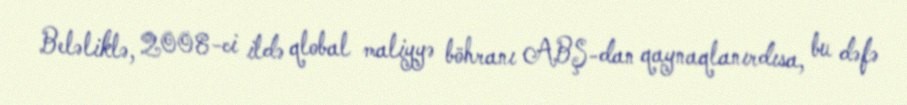
Beləliklə, 2008-ci ildə qlobal maliyyə böhranı ABŞ-dan qaynaqlanırdısa, bu dəfə